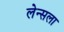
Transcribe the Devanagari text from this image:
लेन्सला